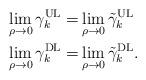
LaTeX: \begin{align*}\lim_{\rho\to 0}\gamma_k^\mathrm{UL} =& \lim_{\rho\to 0}\tilde{\gamma}_k^\mathrm{UL} \\\lim_{\rho\to 0}\gamma_k^\mathrm{DL} =& \lim_{\rho\to 0}\tilde{\gamma}_k^\mathrm{DL}.\end{align*}